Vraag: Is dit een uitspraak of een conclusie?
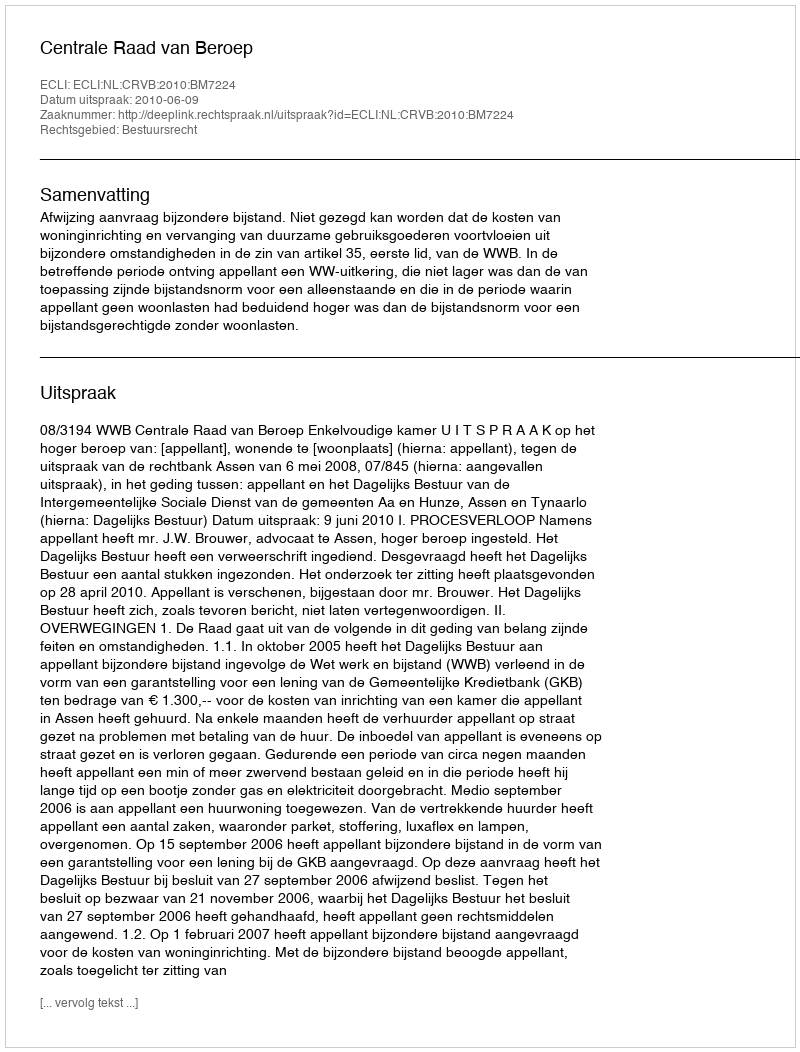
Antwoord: Uitspraak